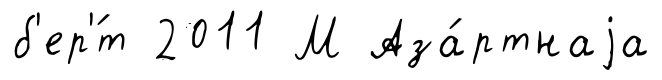
б'ер'́т 2011 М Аза́ртнаjа